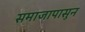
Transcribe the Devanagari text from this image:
समाजापासुन